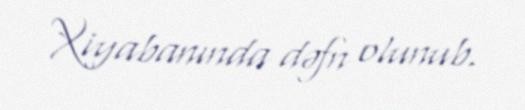
Xiyabanında dəfn olunub.